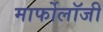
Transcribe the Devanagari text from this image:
मार्फोलॉजी